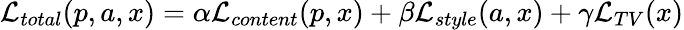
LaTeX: \mathcal{L}_{total}(p,a,x)=\alpha\mathcal{L}_{content}(p,x)+\beta\mathcal{L}_{style}(a,x)+\gamma\mathcal{L}_{TV}(x)